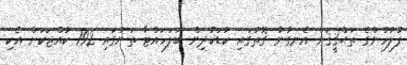
ފުލުހުންގެ ތަޙްޤީޤަށް އެނގުނު ގޮތުގައި ކުޑަކުދިން ބަލަހައްޓާ ތަނުގައި 192 ކުއްޖަކަށް އެކި